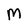
Character: M